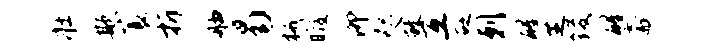
壮欺蓑折舳曷械暇泖咫敝互砭剌醒芝後醒斋